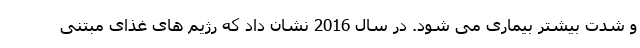
و شدت بیشتر بیماری می شود. در سال 2016 نشان داد که رژیم های غذای مبتنی